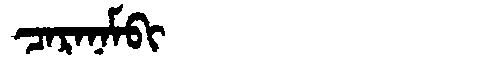
Manchu: ᠴᠠᡵᠠᠨᠠᠮᠪᡳ
Romanization: CARANAMBI